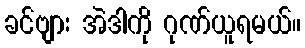
ခင်ဗျား အဲဒါကို ဂုဏ်ယူရမယ်။